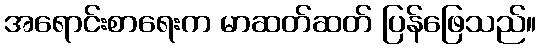
အရောင်းစာရေးက မာဆတ်ဆတ် ပြန်ဖြေသည်။